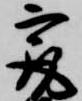
最